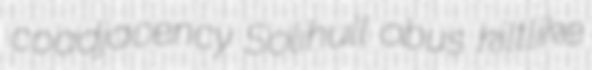
coadjacency Solihull obus kiltlike